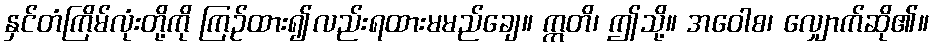
နှင်တံကြိမ်လုံးတို့ကို ကြဉ်ထား၍လည်းရထားမမည်ချေ။ ဣတိ၊ ဤသို့။ အဝေါစ၊ လျှောက်ဆို၏။